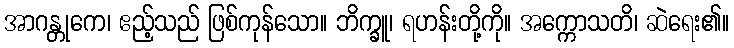
အာဂန္တုကေ၊ ဧည့်သည် ဖြစ်ကုန်သော။ ဘိက္ခူ၊ ရဟန်းတို့ကို။ အက္ကောသတိ၊ ဆဲရေး၏။